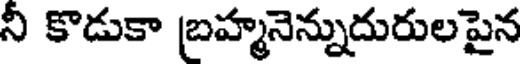
నీ కొడుకా బ్రహ్మనెన్నుదురులపైన